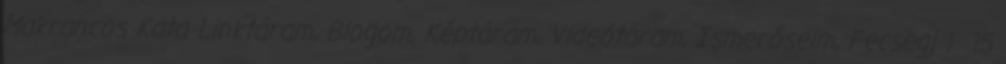
Makrancos Kata Linktáram, Blogom, Képtáram, Videótáram, Ismerőseim, Fecsegj 1 15